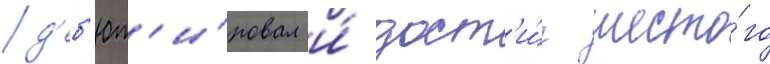
д'еб'ют'и́ровал и́ дост'и́г шесто́го